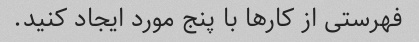
فهرستی از کارها با پنج مورد ایجاد کنید.